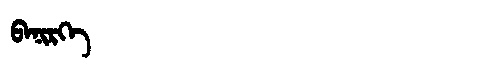
Manchu: ᠪᠠᠨᡳᡵᡴᡝ
Romanization: BANIRKE